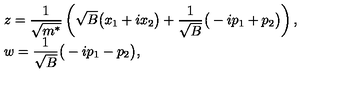
\begin{array} { l l } { z = \displaystyle \frac { 1 } { \sqrt { m ^ { * } } } \left( \sqrt { B } \big ( x _ { 1 } + i x _ { 2 } \big ) + \frac { 1 } { \sqrt { B } } \big ( - i p _ { 1 } + p _ { 2 } \big ) \right) , \hfill } \\ { w = \displaystyle \frac { 1 } { \sqrt { B } } \big ( - i p _ { 1 } - p _ { 2 } \big ) , \hfill } \\ \end{array}